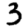
Digit: 3